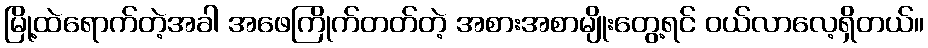
မြို့ထဲရောက်တဲ့အခါ အဖေကြိုက်တတ်တဲ့ အစားအစာမျိုးတွေ့ရင် ဝယ်လာလေ့ရှိတယ်။